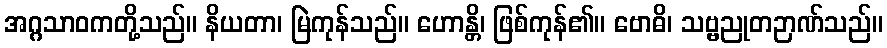
အဂ္ဂသာဝကတို့သည်။ နိယတာ၊ မြဲကုန်သည်။ ဟောန္တိ၊ ဖြစ်ကုန်၏။ ဗောဓိ၊ သဗ္ဗညုတဉာဏ်သည်။